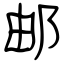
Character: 邮